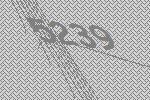
5239